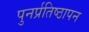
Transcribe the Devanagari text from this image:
पुनर्प्रतिष्ठापन